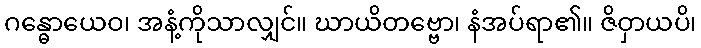
ဂန္ဓောယေဝ၊ အနံ့ကိုသာလျှင်။ ဃာယိတဗ္ဗော၊ နံအပ်ရာ၏။ ဇိဝှာယပိ၊